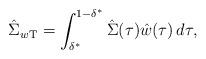
LaTeX: \begin{align*}\hat\Sigma_{w{\mathrm{T}}} = \int_{\delta^*}^{1-\delta^*} \hat\Sigma (\tau) \hat w(\tau) \,d\tau, \end{align*}